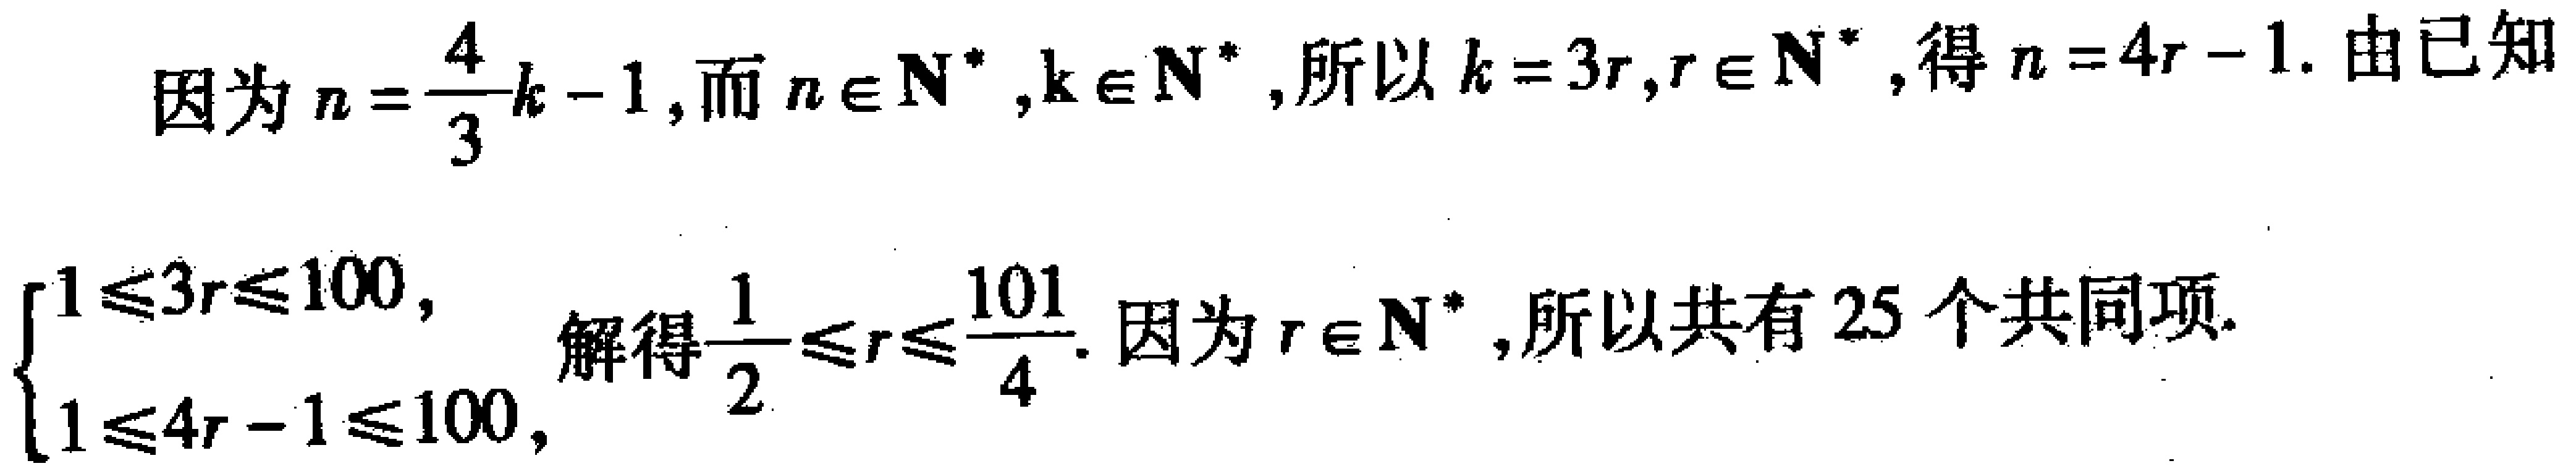
因为\(n = \frac{4}{3}k - 1\)，而\(n \in \mathbf{N}^*\)，\(k \in \mathbf{N}^*\)，所以\(k = 3r\)，\(r \in \mathbf{N}^*\)，得\(n = 4r - 1\). 由已知
\(\begin{cases}
1\leqslant 3r\leqslant 100, \\
1\leqslant 4r - 1\leqslant 100,
\end{cases}\)
解得\(\frac{1}{2}\leqslant r\leqslant \frac{101}{4}\). 因为\(r \in \mathbf{N}^*\)，所以共有\(25\)个共同项.